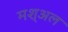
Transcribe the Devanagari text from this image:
मश्अल